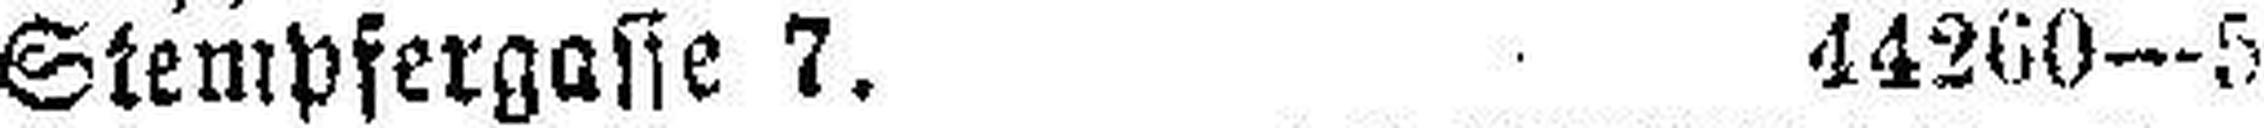
Stempfergasse 7. 44260—5